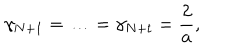
\gamma _ { N + 1 } = \ldots = \gamma _ { N + t } = \frac { 2 } { a } ,